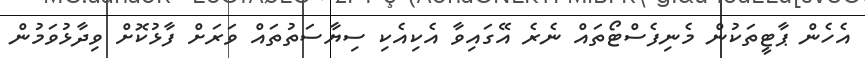
އެހެން ޕާޓީތަކުން މެނިފެސްޓޯތައް ނެރެ އޭގައިވާ އެކިއެކި ސިޔާސަތުތައް ވަރަށް ފާޅުކޮށް ވިދާޅުވަމުން